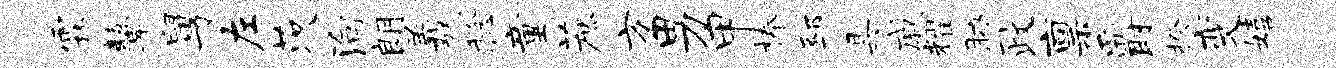
霖鼙舅左茨殉朗羲稔童蔗方男甲榛邳具戚耀胁政禀爵揆变嬉